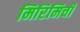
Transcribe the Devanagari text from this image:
मिरिमिची